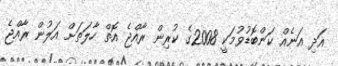
އަދި އަނެއް ކަންބޮޑުވުމަކީ 2008ގެ ކުރިން ރާއްޖެ އޮތް ހާލަތަށް އަލުން ރާއްޖެ